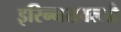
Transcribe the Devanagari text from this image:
इरिन्नरावल्ली